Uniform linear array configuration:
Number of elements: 8
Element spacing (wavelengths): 0.75
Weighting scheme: uniform
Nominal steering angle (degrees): -30
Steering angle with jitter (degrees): -28.522
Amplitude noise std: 0.05
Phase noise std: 0.05

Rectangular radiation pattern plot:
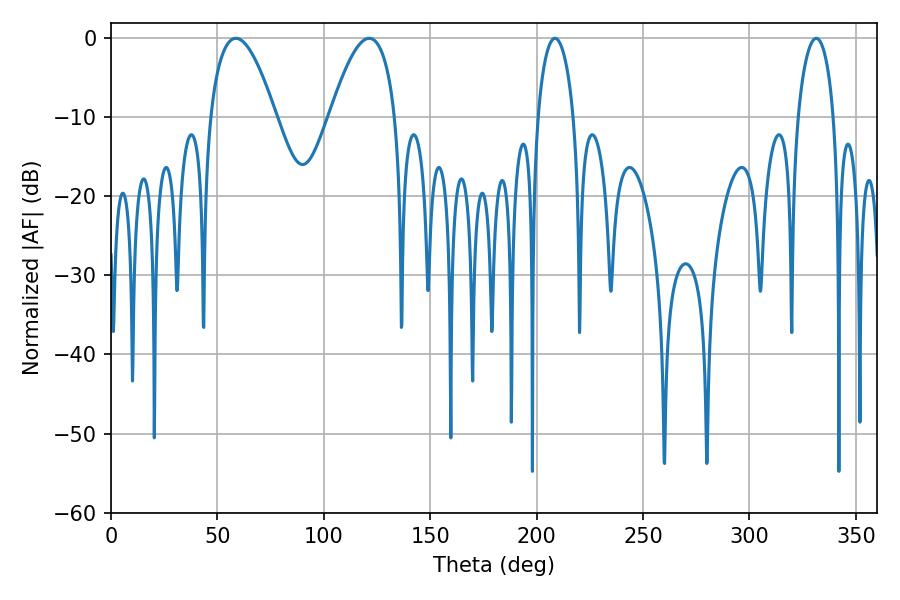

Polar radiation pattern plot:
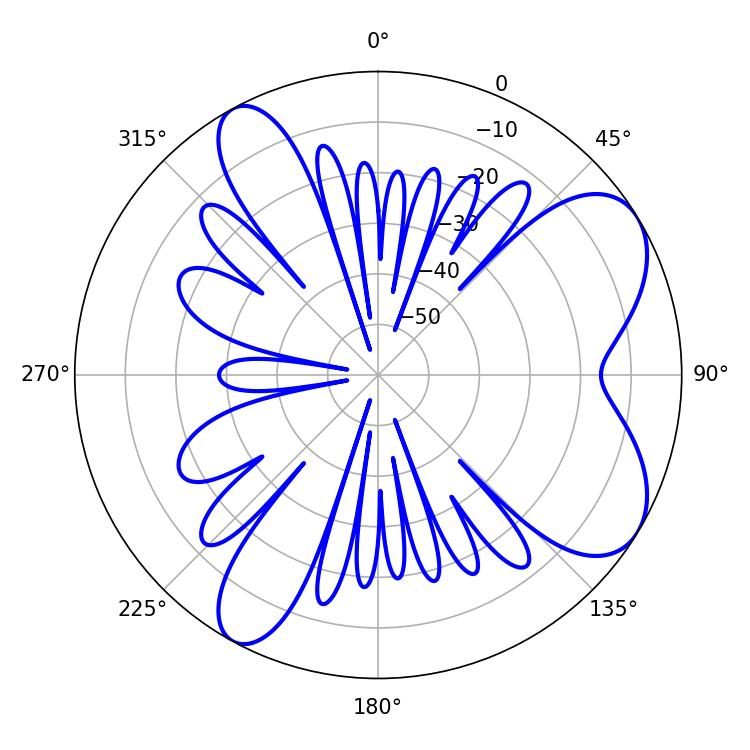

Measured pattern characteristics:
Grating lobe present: TRUE
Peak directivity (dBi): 7.241
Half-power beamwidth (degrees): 16.92
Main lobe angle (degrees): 58.68